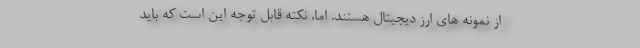
از نمونه های ارز دیجیتال هستند. اما، نکته قابل توجه این است که باید